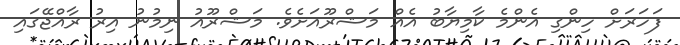
ފަހަރަށް ހިންގި އެންމެ ކާމިޔާބު އެއް މަޝްރޫއަށެވެ. މަޝްރޫއު ނިމުނު އިރު ރާއްޖޭގައި